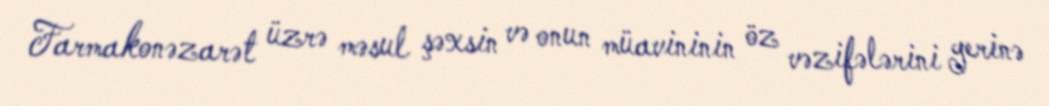
Farmakonəzarət üzrə məsul şəxsin və onun müavininin öz vəzifələrini yerinə